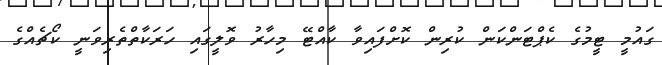
ގައުމީ ޓީމުގެ ކެޕްޓަންކަން ކުރިން ކޮށްފައިވާ ކާއްޓޭ މިހާރު ވޮލީގައި ހަރަކާތްތެރިވަނީ ކޯޗެއްގެ